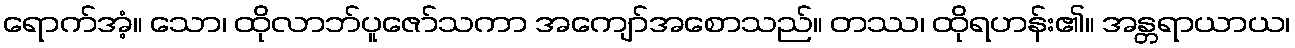
ရောက်အံ့။ သော၊ ထိုလာဘ်ပူဇော်သကာ အကျော်အစောသည်။ တဿ၊ ထိုရဟန်း၏။ အန္တရာယာယ၊